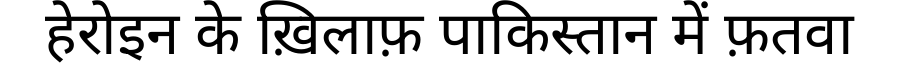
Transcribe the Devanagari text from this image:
हेरोइन के ख़िलाफ़ पाकिस्तान में फ़तवा